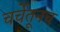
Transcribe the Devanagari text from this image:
चर्चेतूनच